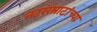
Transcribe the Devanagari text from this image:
नटसम्राटांच्या